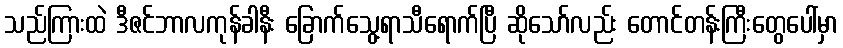
သည်ကြားထဲ ဒီဇင်ဘာလကုန်ခါနီး ခြောက်သွေ့ရာသီရောက်ပြီ ဆိုသော်လည်း တောင်တန်းကြီးတွေပေါ်မှာ